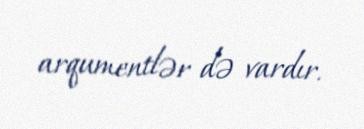
arqumentlər də vardır.